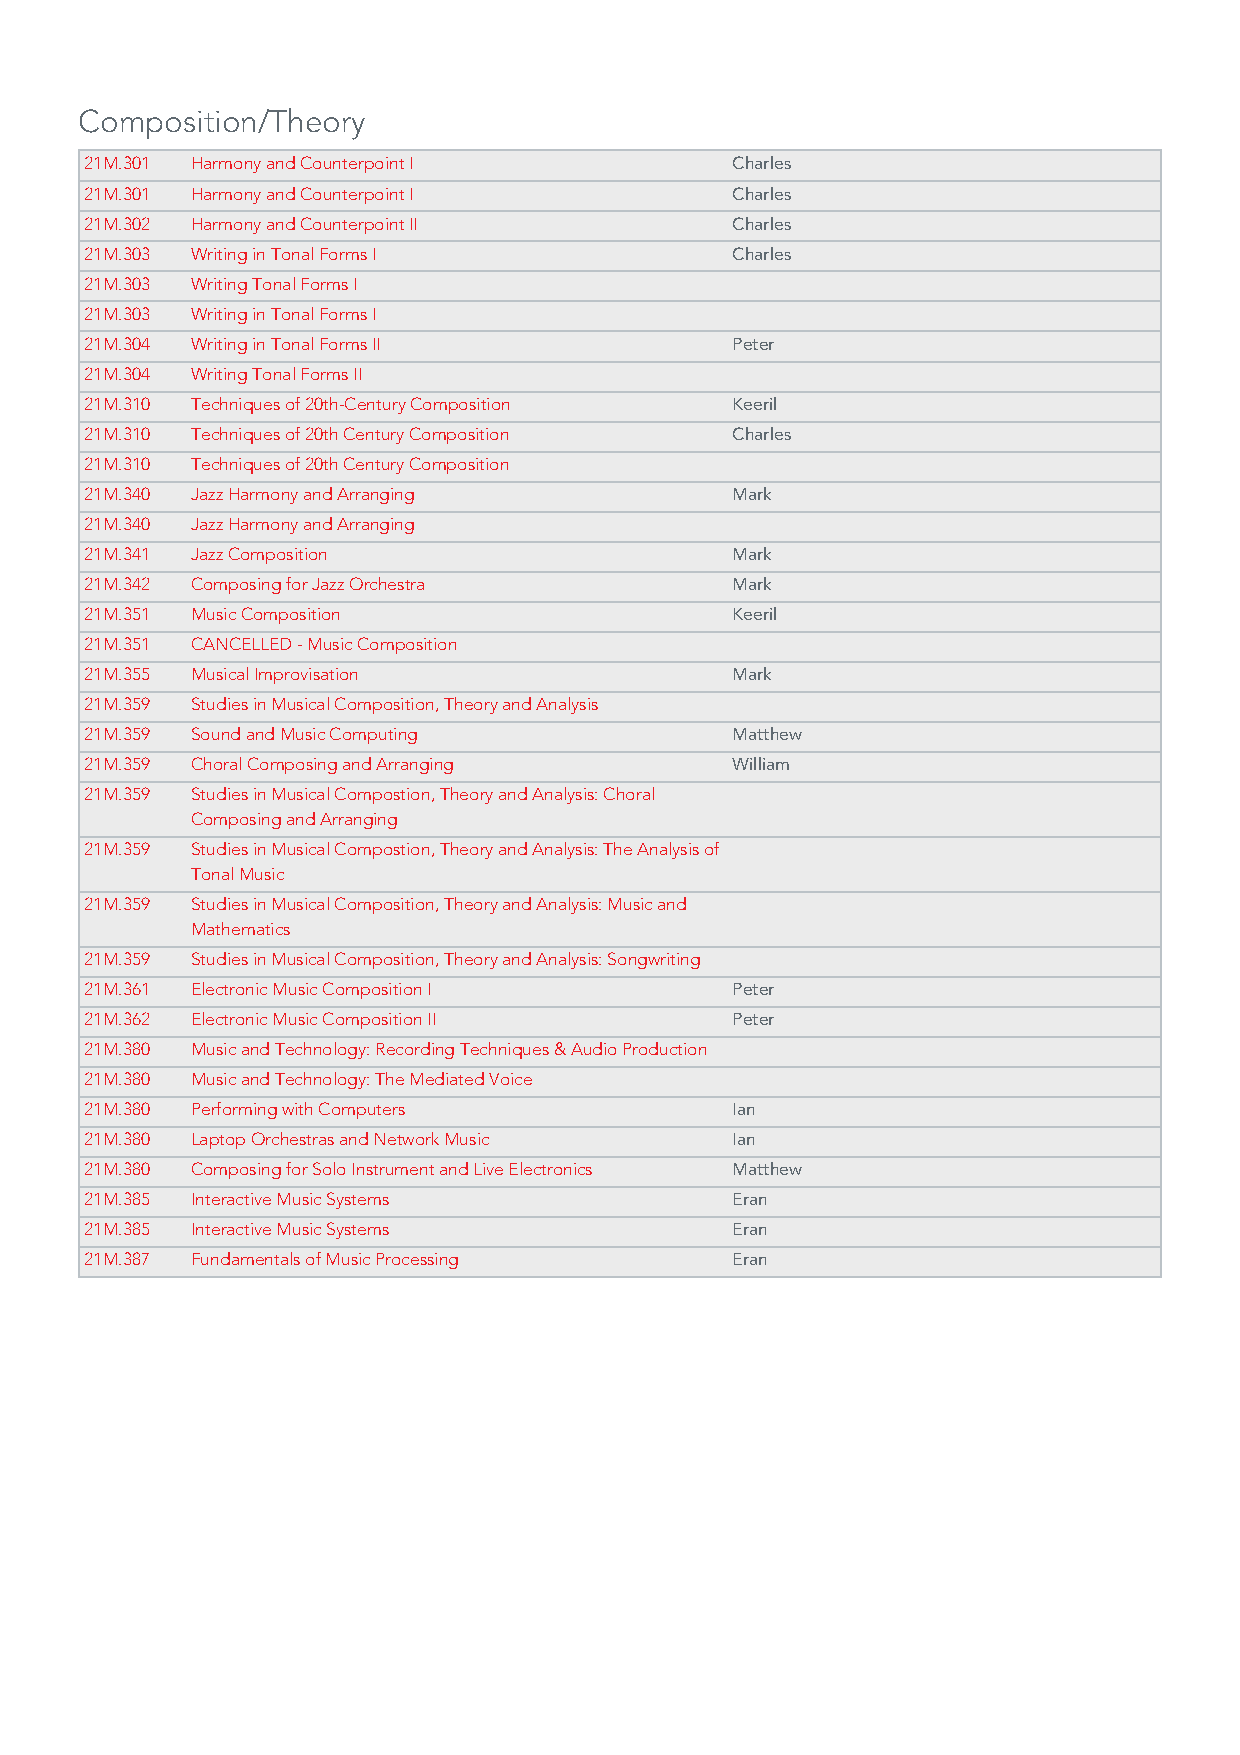
Composition/Theory
 21M.301 Harmony and Counterpoint I        Charles
 21M.301 Harmony and Counterpoint I        Charles
 21M.302 Harmony and Counterpoint II       Charles
 21M.303 Writing in Tonal Forms I          Charles
 21M.303 Writing Tonal Forms I
 21M.303 Writing in Tonal Forms I
 21M.304 Writing in Tonal Forms II         Peter
 21M.304 Writing Tonal Forms II
 21M.310 Techniques of 20th-Century Composition Keeril
 21M.310 Techniques of 20th Century Composition Charles
 21M.310 Techniques of 20th Century Composition
 21M.340 Jazz Harmony and Arranging        Mark
 21M.340 Jazz Harmony and Arranging
 21M.341 Jazz Composition                  Mark
 21M.342 Composing for Jazz Orchestra      Mark
 21M.351 Music Composition                 Keeril
 21M.351 CANCELLED - Music Composition
 21M.355 Musical Improvisation             Mark
 21M.359 Studies in Musical Composition, Theory and Analysis
 21M.359 Sound and Music Computing         Matthew
 21M.359 Choral Composing and Arranging    William
 21M.359 Studies in Musical Compostion, Theory and Analysis: Choral
 Composing and Arranging
 21M.359 Studies in Musical Compostion, Theory and Analysis: The Analysis of
 Tonal Music
 21M.359 Studies in Musical Composition, Theory and Analysis: Music and
 Mathematics
 21M.359 Studies in Musical Composition, Theory and Analysis: Songwriting
 21M.361 Electronic Music Composition I    Peter
 21M.362 Electronic Music Composition II   Peter
 21M.380 Music and Technology: Recording Techniques & Audio Production
 21M.380 Music and Technology: The Mediated Voice
 21M.380 Performing with Computers         Ian
 21M.380 Laptop Orchestras and Network Music Ian
 21M.380 Composing for Solo Instrument and Live Electronics Matthew
 21M.385 Interactive Music Systems         Eran
 21M.385 Interactive Music Systems         Eran
 21M.387 Fundamentals of Music Processing  Eran